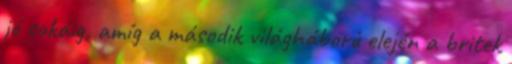
jó sokáig, amíg a második világháború elején a britek